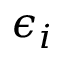
\epsilon _ { i }